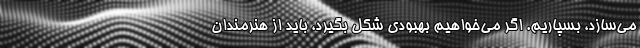
می‌سازد، بسپاریم. اگر می‌خواهیم بهبودی شکل بگیرد، باید از هنرمندان